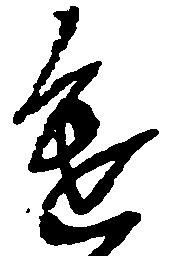
進